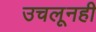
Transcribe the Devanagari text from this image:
उचलूनही